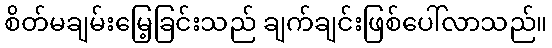
စိတ်မချမ်းမြေ့ခြင်းသည် ချက်ချင်းဖြစ်ပေါ်လာသည်။